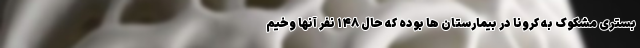
بستری مشکوک به کرونا در بیمارستان ها بوده که حال ۱۴۸ نفر آنها وخیم